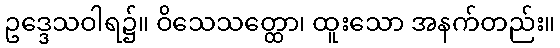
ဥဒ္ဒေသဝါရ၌။ ဝိသေသတ္ထော၊ ထူးသော အနက်တည်း။